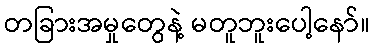
တခြားအမှုတွေနဲ့ မတူဘူးပေါ့နော်။